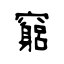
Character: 竆